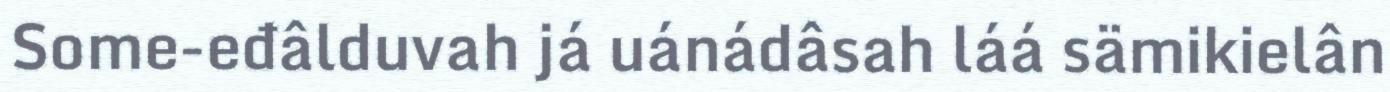
Some-eđâlduvah já uánádâsah láá sämikielân